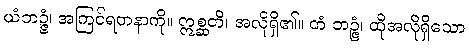
ယံဘဉ္ဇံ၊ အကြင်ရတနာကို။ ဣစ္ဆတိ၊ အလိုရှိ၏။ တံ ဘဉ္ဇံ၊ ထိုအလိုရှိသော